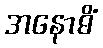
အနောဓိံ